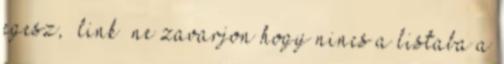
egesz, link ne zavarjon hogy nincs a listaba a